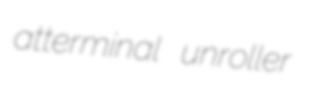
atterminal unroller